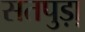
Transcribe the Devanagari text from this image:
सतपुड़ा़